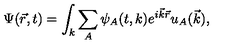
\Psi ( \vec { r } , t ) = \int _ { k } \sum _ { A } \psi _ { A } ( t , k ) e ^ { i { \vec { k } } { \vec { r } } } u _ { A } ( \vec { k } ) ,